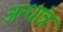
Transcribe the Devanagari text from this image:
अन्धांत्र